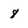
Character: 8